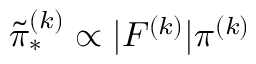
\tilde { \pi } _ { \ast } ^ { ( k ) } \propto | F ^ { ( k ) } | \pi ^ { ( k ) }